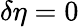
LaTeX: \delta\eta=0